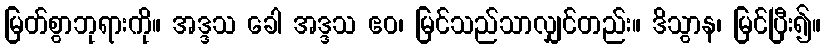
မြတ်စွာဘုရားကို။ အဒ္ဒသ ခေါ အဒ္ဒသ ဧဝ၊ မြင်သည်သာလျှင်တည်း။ ဒိသွာန၊ မြင်ပြီး၍။